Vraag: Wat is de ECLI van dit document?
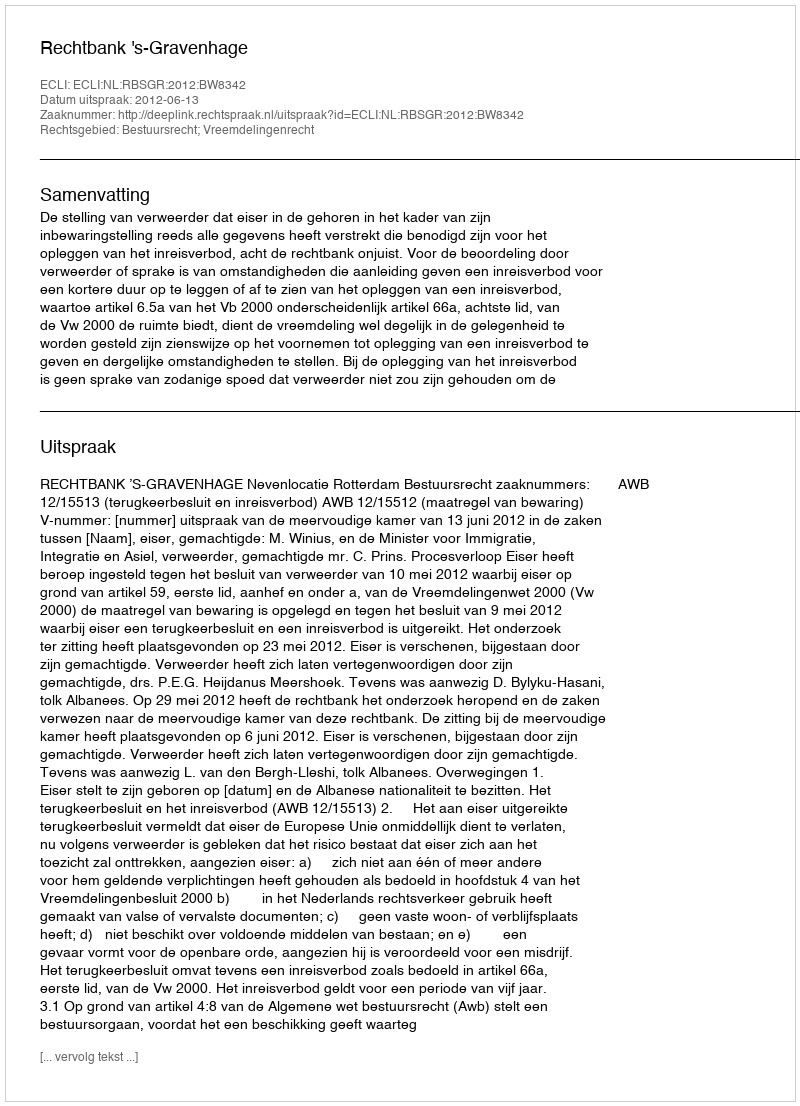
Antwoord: ECLI:NL:RBSGR:2012:BW8342